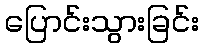
ပြောင်းသွားခြင်း